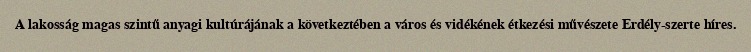
A lakosság magas szintű anyagi kultúrájának a következtében a város és vidékének étkezési művészete Erdély-szerte híres.